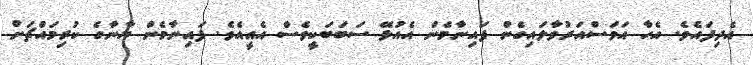
އެދިފައެވެ. އެހާ އަވަސްއަރުވާލައިގެން ފައިނާމެން އެއުޅޭ ސަބަބަކީވެސް އެއީއެވެ. ފައިނާމެން ޔާނާގެ ކުރިމައްޗަށް